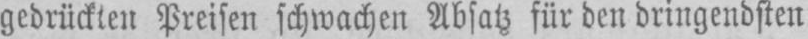
gedrückten Preisen schwachen Absatz für den dringendsten